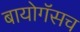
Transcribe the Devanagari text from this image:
बायोगॅसच